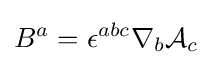
B^{a}=\epsilon ^{abc}\nabla _{b}{\mathcal {A}}_{c}